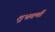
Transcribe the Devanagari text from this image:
शुभ्रवर्णी